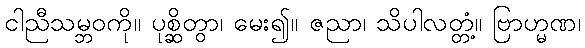
ငါညီသမ္ဘဝကို။ ပုစ္ဆိတွာ၊ မေး၍။ ဇညာ၊ သိပါလတ္တံ့။ ဗြာဟ္မဏ၊